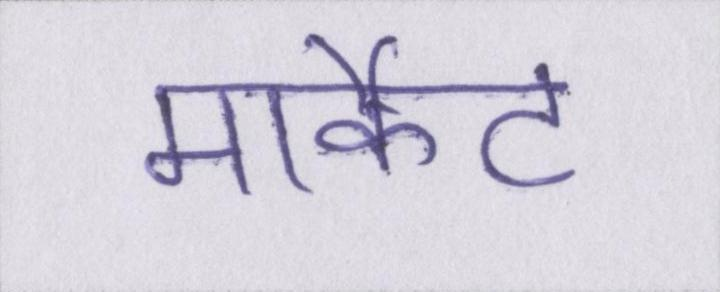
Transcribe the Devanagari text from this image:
मार्केट